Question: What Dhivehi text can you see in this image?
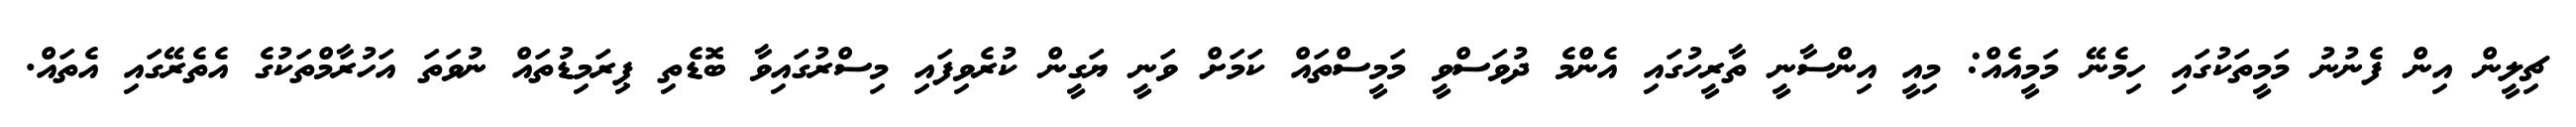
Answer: ޗިލީން އިން ފެނުނު މަމީތަކުގައި ހިމެނޭ މަމީއެއް: މިއީ އިންސާނީ ތާރީހުގައި އެންމެ ދުވަސްވީ މަމީސްތައް ކަމަށް ވަނީ ޔަގީން ކުރެވިފައި މިސްރުގައިވާ ބޮޑެތި ޕިރަމިޑުތައް ނުވަތަ އަހުރާމްތަކުގެ އެތެރޭގައި އެތައް.